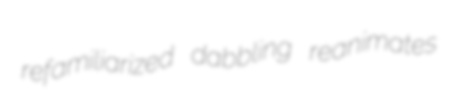
refamiliarized dabbling reanimates